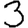
Digit: 3